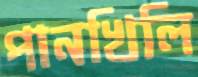
পানখিলি